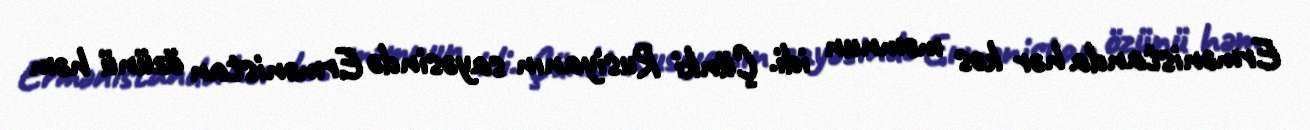
Ermənistanda hər kəs məmnun idi. Çünki Rusiyanın sayəsində Ermənistan özünü həm